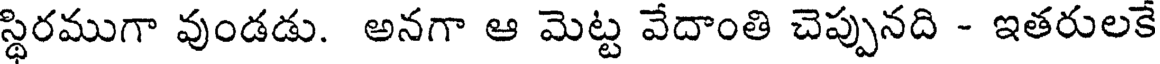
స్థిరముగా వుండడు. అనగా ఆ మెట్ట వేదాంతి చెప్పునది - ఇతరులకే